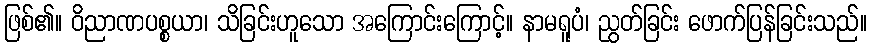
ဖြစ်၏။ ဝိညာဏပစ္စယာ၊ သိခြင်းဟူသော အကြောင်းကြောင့်။ နာမရူပံ၊ ညွတ်ခြင်း ဖောက်ပြန်ခြင်းသည်။